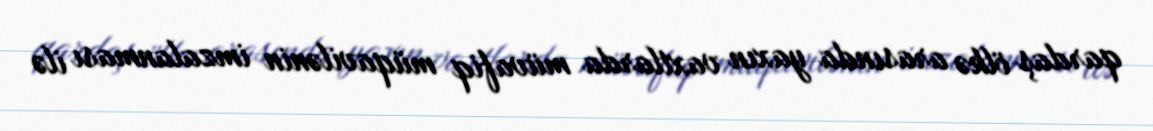
qardaş ölkə arasında yaxın vaxtlarda müvafiq müqavilənin imzalanması ilə